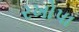
રખોપા